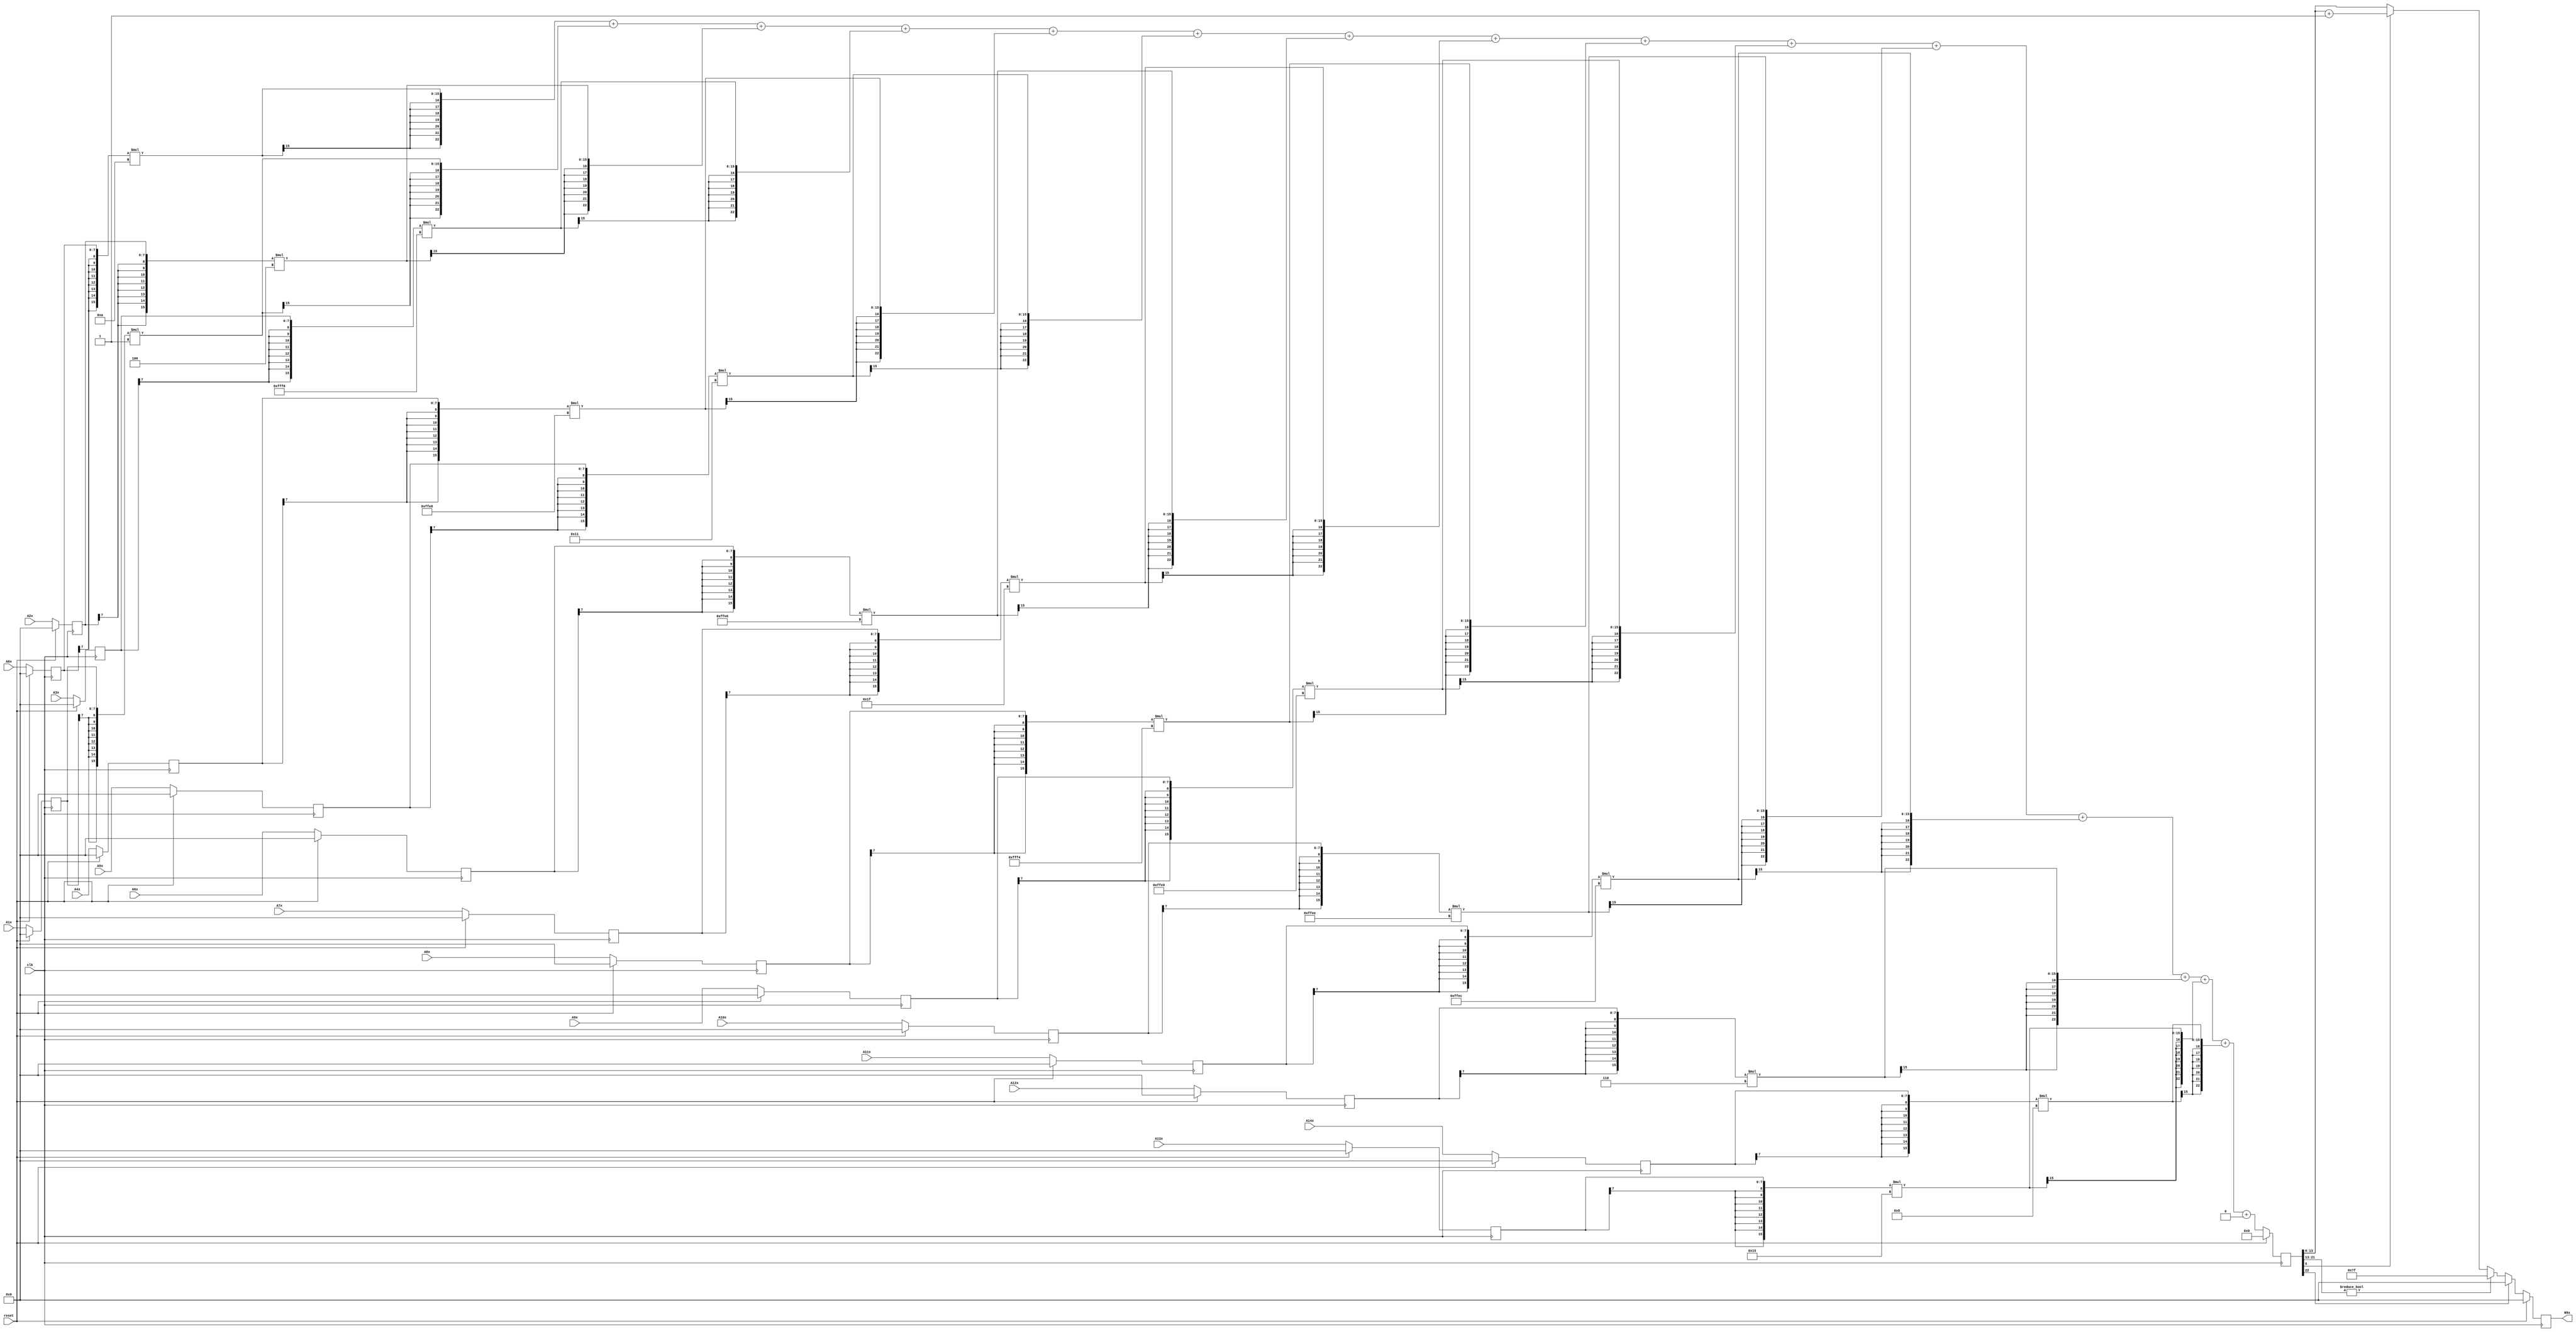
module node_6_9(clk,reset,N9x,A0x,A1x,A2x,A3x,A4x,A5x,A6x,A7x,A8x,A9x,A10x,A11x,A12x,A13x,A14x);
	input clk;
	input reset;
	input [7:0] A0x, A1x, A2x, A3x, A4x, A5x, A6x, A7x, A8x, A9x, A10x, A11x, A12x, A13x, A14x;
	reg [7:0] A0x_c, A1x_c, A2x_c, A3x_c, A4x_c, A5x_c, A6x_c, A7x_c, A8x_c, A9x_c, A10x_c, A11x_c, A12x_c, A13x_c, A14x_c;
	wire [15:0] sum0x, sum1x, sum2x, sum3x, sum4x, sum5x, sum6x, sum7x, sum8x, sum9x, sum10x, sum11x, sum12x, sum13x, sum14x;
	output reg [7:0] N9x;
	reg [22:0] sumout;

	parameter [7:0] W0x=8'd10;
	parameter [7:0] W1x=8'd1;
	parameter [7:0] W2x=8'd4;
	parameter [7:0] W3x=-8'd8;
	parameter [7:0] W4x=-8'd24;
	parameter [7:0] W5x=8'd17;
	parameter [7:0] W6x=-8'd26;
	parameter [7:0] W7x=8'd31;
	parameter [7:0] W8x=-8'd12;
	parameter [7:0] W9x=-8'd23;
	parameter [7:0] W10x=-8'd18;
	parameter [7:0] W11x=-8'd20;
	parameter [7:0] W12x=8'd6;
	parameter [7:0] W13x=8'd21;
	parameter [7:0] W14x=8'd8;
	parameter [15:0] B0x=16'd0;


	assign sum0x = {A0x_c[7],A0x_c[7],A0x_c[7],A0x_c[7],A0x_c[7],A0x_c[7],A0x_c[7],A0x_c[7],A0x_c}*{W0x[7],W0x[7],W0x[7],W0x[7],W0x[7],W0x[7],W0x[7],W0x[7],W0x};
	assign sum1x = {A1x_c[7],A1x_c[7],A1x_c[7],A1x_c[7],A1x_c[7],A1x_c[7],A1x_c[7],A1x_c[7],A1x_c}*{W1x[7],W1x[7],W1x[7],W1x[7],W1x[7],W1x[7],W1x[7],W1x[7],W1x};
	assign sum2x = {A2x_c[7],A2x_c[7],A2x_c[7],A2x_c[7],A2x_c[7],A2x_c[7],A2x_c[7],A2x_c[7],A2x_c}*{W2x[7],W2x[7],W2x[7],W2x[7],W2x[7],W2x[7],W2x[7],W2x[7],W2x};
	assign sum3x = {A3x_c[7],A3x_c[7],A3x_c[7],A3x_c[7],A3x_c[7],A3x_c[7],A3x_c[7],A3x_c[7],A3x_c}*{W3x[7],W3x[7],W3x[7],W3x[7],W3x[7],W3x[7],W3x[7],W3x[7],W3x};
	assign sum4x = {A4x_c[7],A4x_c[7],A4x_c[7],A4x_c[7],A4x_c[7],A4x_c[7],A4x_c[7],A4x_c[7],A4x_c}*{W4x[7],W4x[7],W4x[7],W4x[7],W4x[7],W4x[7],W4x[7],W4x[7],W4x};
	assign sum5x = {A5x_c[7],A5x_c[7],A5x_c[7],A5x_c[7],A5x_c[7],A5x_c[7],A5x_c[7],A5x_c[7],A5x_c}*{W5x[7],W5x[7],W5x[7],W5x[7],W5x[7],W5x[7],W5x[7],W5x[7],W5x};
	assign sum6x = {A6x_c[7],A6x_c[7],A6x_c[7],A6x_c[7],A6x_c[7],A6x_c[7],A6x_c[7],A6x_c[7],A6x_c}*{W6x[7],W6x[7],W6x[7],W6x[7],W6x[7],W6x[7],W6x[7],W6x[7],W6x};
	assign sum7x = {A7x_c[7],A7x_c[7],A7x_c[7],A7x_c[7],A7x_c[7],A7x_c[7],A7x_c[7],A7x_c[7],A7x_c}*{W7x[7],W7x[7],W7x[7],W7x[7],W7x[7],W7x[7],W7x[7],W7x[7],W7x};
	assign sum8x = {A8x_c[7],A8x_c[7],A8x_c[7],A8x_c[7],A8x_c[7],A8x_c[7],A8x_c[7],A8x_c[7],A8x_c}*{W8x[7],W8x[7],W8x[7],W8x[7],W8x[7],W8x[7],W8x[7],W8x[7],W8x};
	assign sum9x = {A9x_c[7],A9x_c[7],A9x_c[7],A9x_c[7],A9x_c[7],A9x_c[7],A9x_c[7],A9x_c[7],A9x_c}*{W9x[7],W9x[7],W9x[7],W9x[7],W9x[7],W9x[7],W9x[7],W9x[7],W9x};
	assign sum10x = {A10x_c[7],A10x_c[7],A10x_c[7],A10x_c[7],A10x_c[7],A10x_c[7],A10x_c[7],A10x_c[7],A10x_c}*{W10x[7],W10x[7],W10x[7],W10x[7],W10x[7],W10x[7],W10x[7],W10x[7],W10x};
	assign sum11x = {A11x_c[7],A11x_c[7],A11x_c[7],A11x_c[7],A11x_c[7],A11x_c[7],A11x_c[7],A11x_c[7],A11x_c}*{W11x[7],W11x[7],W11x[7],W11x[7],W11x[7],W11x[7],W11x[7],W11x[7],W11x};
	assign sum12x = {A12x_c[7],A12x_c[7],A12x_c[7],A12x_c[7],A12x_c[7],A12x_c[7],A12x_c[7],A12x_c[7],A12x_c}*{W12x[7],W12x[7],W12x[7],W12x[7],W12x[7],W12x[7],W12x[7],W12x[7],W12x};
	assign sum13x = {A13x_c[7],A13x_c[7],A13x_c[7],A13x_c[7],A13x_c[7],A13x_c[7],A13x_c[7],A13x_c[7],A13x_c}*{W13x[7],W13x[7],W13x[7],W13x[7],W13x[7],W13x[7],W13x[7],W13x[7],W13x};
	assign sum14x = {A14x_c[7],A14x_c[7],A14x_c[7],A14x_c[7],A14x_c[7],A14x_c[7],A14x_c[7],A14x_c[7],A14x_c}*{W14x[7],W14x[7],W14x[7],W14x[7],W14x[7],W14x[7],W14x[7],W14x[7],W14x};

	always@(posedge clk) begin

		if(reset)
			begin
			N9x<=8'd0;
			sumout<=16'd0;
			A0x_c <= 8'd0;
			A1x_c <= 8'd0;
			A2x_c <= 8'd0;
			A3x_c <= 8'd0;
			A4x_c <= 8'd0;
			A5x_c <= 8'd0;
			A6x_c <= 8'd0;
			A7x_c <= 8'd0;
			A8x_c <= 8'd0;
			A9x_c <= 8'd0;
			A10x_c <= 8'd0;
			A11x_c <= 8'd0;
			A12x_c <= 8'd0;
			A13x_c <= 8'd0;
			A14x_c <= 8'd0;
			end
		else
			begin
			A0x_c <= A0x;
			A1x_c <= A1x;
			A2x_c <= A2x;
			A3x_c <= A3x;
			A4x_c <= A4x;
			A5x_c <= A5x;
			A6x_c <= A6x;
			A7x_c <= A7x;
			A8x_c <= A8x;
			A9x_c <= A9x;
			A10x_c <= A10x;
			A11x_c <= A11x;
			A12x_c <= A12x;
			A13x_c <= A13x;
			A14x_c <= A14x;
			sumout<={sum0x[15],sum0x[15],sum0x[15],sum0x[15],sum0x[15],sum0x[15],sum0x[15],sum0x}+{sum1x[15],sum1x[15],sum1x[15],sum1x[15],sum1x[15],sum1x[15],sum1x[15],sum1x}+{sum2x[15],sum2x[15],sum2x[15],sum2x[15],sum2x[15],sum2x[15],sum2x[15],sum2x}+{sum3x[15],sum3x[15],sum3x[15],sum3x[15],sum3x[15],sum3x[15],sum3x[15],sum3x}+{sum4x[15],sum4x[15],sum4x[15],sum4x[15],sum4x[15],sum4x[15],sum4x[15],sum4x}+{sum5x[15],sum5x[15],sum5x[15],sum5x[15],sum5x[15],sum5x[15],sum5x[15],sum5x}+{sum6x[15],sum6x[15],sum6x[15],sum6x[15],sum6x[15],sum6x[15],sum6x[15],sum6x}+{sum7x[15],sum7x[15],sum7x[15],sum7x[15],sum7x[15],sum7x[15],sum7x[15],sum7x}+{sum8x[15],sum8x[15],sum8x[15],sum8x[15],sum8x[15],sum8x[15],sum8x[15],sum8x}+{sum9x[15],sum9x[15],sum9x[15],sum9x[15],sum9x[15],sum9x[15],sum9x[15],sum9x}+{sum10x[15],sum10x[15],sum10x[15],sum10x[15],sum10x[15],sum10x[15],sum10x[15],sum10x}+{sum11x[15],sum11x[15],sum11x[15],sum11x[15],sum11x[15],sum11x[15],sum11x[15],sum11x}+{sum12x[15],sum12x[15],sum12x[15],sum12x[15],sum12x[15],sum12x[15],sum12x[15],sum12x}+{sum13x[15],sum13x[15],sum13x[15],sum13x[15],sum13x[15],sum13x[15],sum13x[15],sum13x}+{sum14x[15],sum14x[15],sum14x[15],sum14x[15],sum14x[15],sum14x[15],sum14x[15],sum14x}+{B0x[15],B0x[15],B0x[15],B0x[15],B0x[15],B0x[15],B0x[15],B0x};

			if(sumout[22]==0)
				begin
				if(sumout[21:13]!=9'b0)
					N9x<=8'd127;
				else
					begin
					if(sumout[5]==1)
						N9x<=sumout[13:6]+8'd1;
					else
						N9x<=sumout[13:6];
					end
				end
			else
				N9x<=8'd0;
			end
		end
endmodule